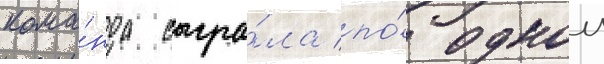
кома́нда сыгра́ла по́ однои